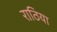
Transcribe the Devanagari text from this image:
राठिया